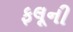
ફલૂની